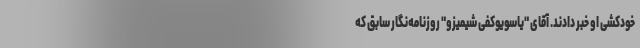
خودکشی او خبر دادند. آقای "یاسویوکفی شیمیزو" روزنامه‌نگار سابق که